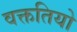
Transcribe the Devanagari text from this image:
वक्ततियो